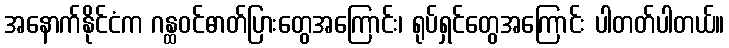
အနောက်နိုင်ငံက ဂန္ထဝင်ဓာတ်ပြားတွေအကြောင်း၊ ရုပ်ရှင်တွေအကြောင်း ပါတတ်ပါတယ်။